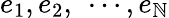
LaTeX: e_{1},e_{2},~\cdots,e_{\mathbb{N}}